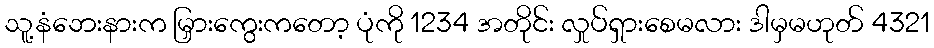
သူ့နံဘေးနားက မြှားကွေးကတော့ ပုံကို 1234 အတိုင်း လှုပ်ရှားစေမလား ဒါမှမဟုတ် 4321